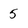
Character: 5